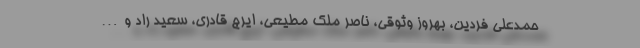
حمدعلی فردین، بهروز وثوقی، ناصر ملک مطیعی، ایرج قادری، سعید راد و…